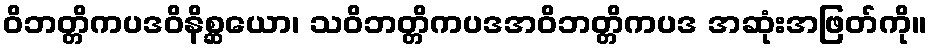
ဝိဘတ္တိကပဒဝိနိစ္ဆယော၊ သဝိဘတ္တိကပဒအဝိဘတ္တိကပဒ အဆုံးအဖြတ်ကို။